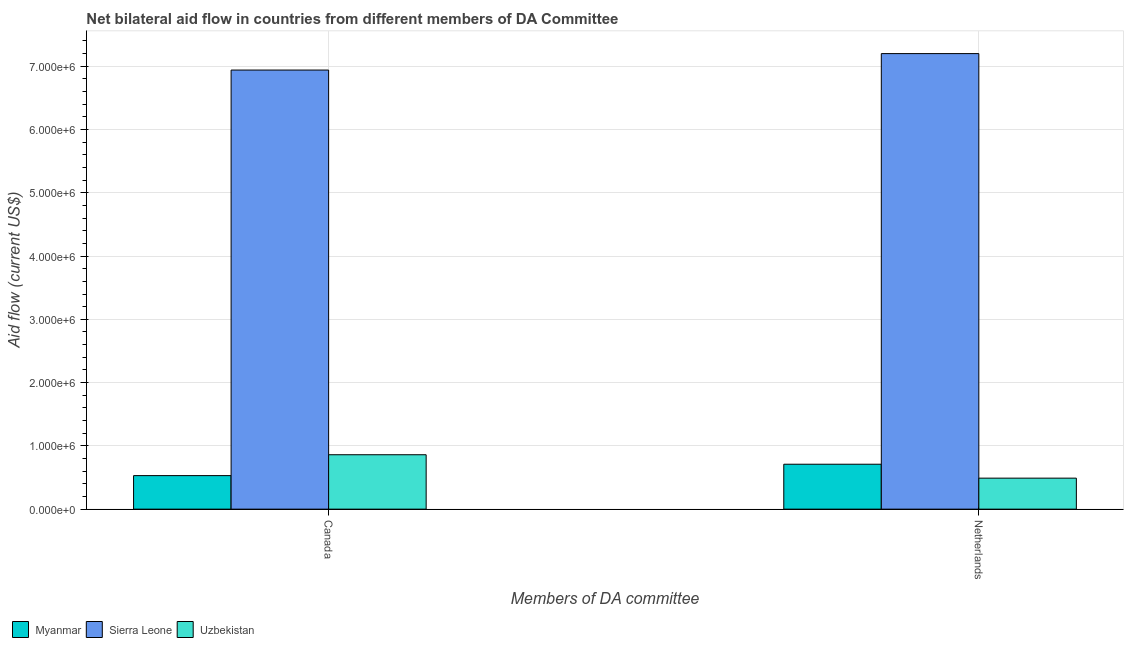
| Members of DA committee | Myanmar | Sierra Leone | Uzbekistan |
 | --- | --- | --- | --- |
 | Canada | 5.3e+05 | 6.94e+06 | 8.6e+05 |
 | Netherlands | 7.1e+05 | 7.2e+06 | 4.9e+05 |